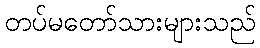
တပ်မတော်သားများသည်